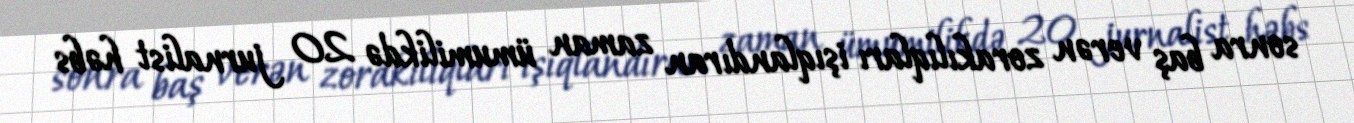
sonra baş verən zorakılıqları işıqlandıran zaman ümumilikdə 20 jurnalist həbs